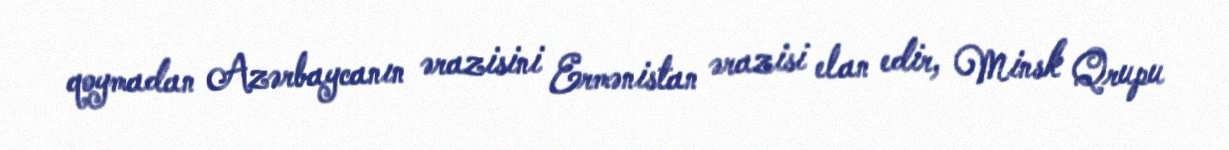
qoymadan Azərbaycanın ərazisini Ermənistan ərazisi elan edir, Minsk Qrupu